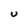
Character: U